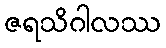
ဇရသိဂါလဿ